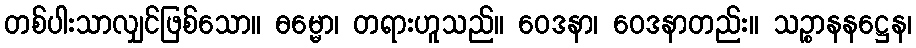
တစ်ပါးသာလျှင်ဖြစ်သော။ ဓမ္မော၊ တရားဟူသည်။ ဝေဒနာ၊ ဝေဒနာတည်း။ သဉ္စာနနဋ္ဌေန၊